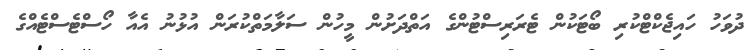
ދުވަހު ހައިޖެކްޓްކުރި ބޯޓަކުން ޓެރަރިސްޓުންގެ އަތްދަށުން މީހުން ސަލާމަތްކުރަން އުޅުނު އެއާ ހޯސްޓެސްޓެއްގެ